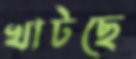
খাটছে